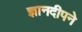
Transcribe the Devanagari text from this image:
ज्ञानदीपने